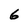
Character: 6